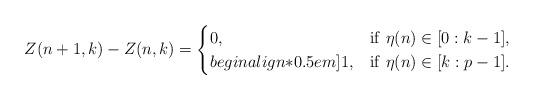
LaTeX: \begin{align*}Z(n+1,k)-Z(n,k)=\begin{cases}0, & \mathrm{if}\ \eta(n)\in[0:k-1],\\begin{align*}0.5em]1, & \mathrm{if}\ \eta(n)\in[k:p-1].\end{cases}\end{align*}